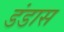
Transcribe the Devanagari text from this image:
डंडास